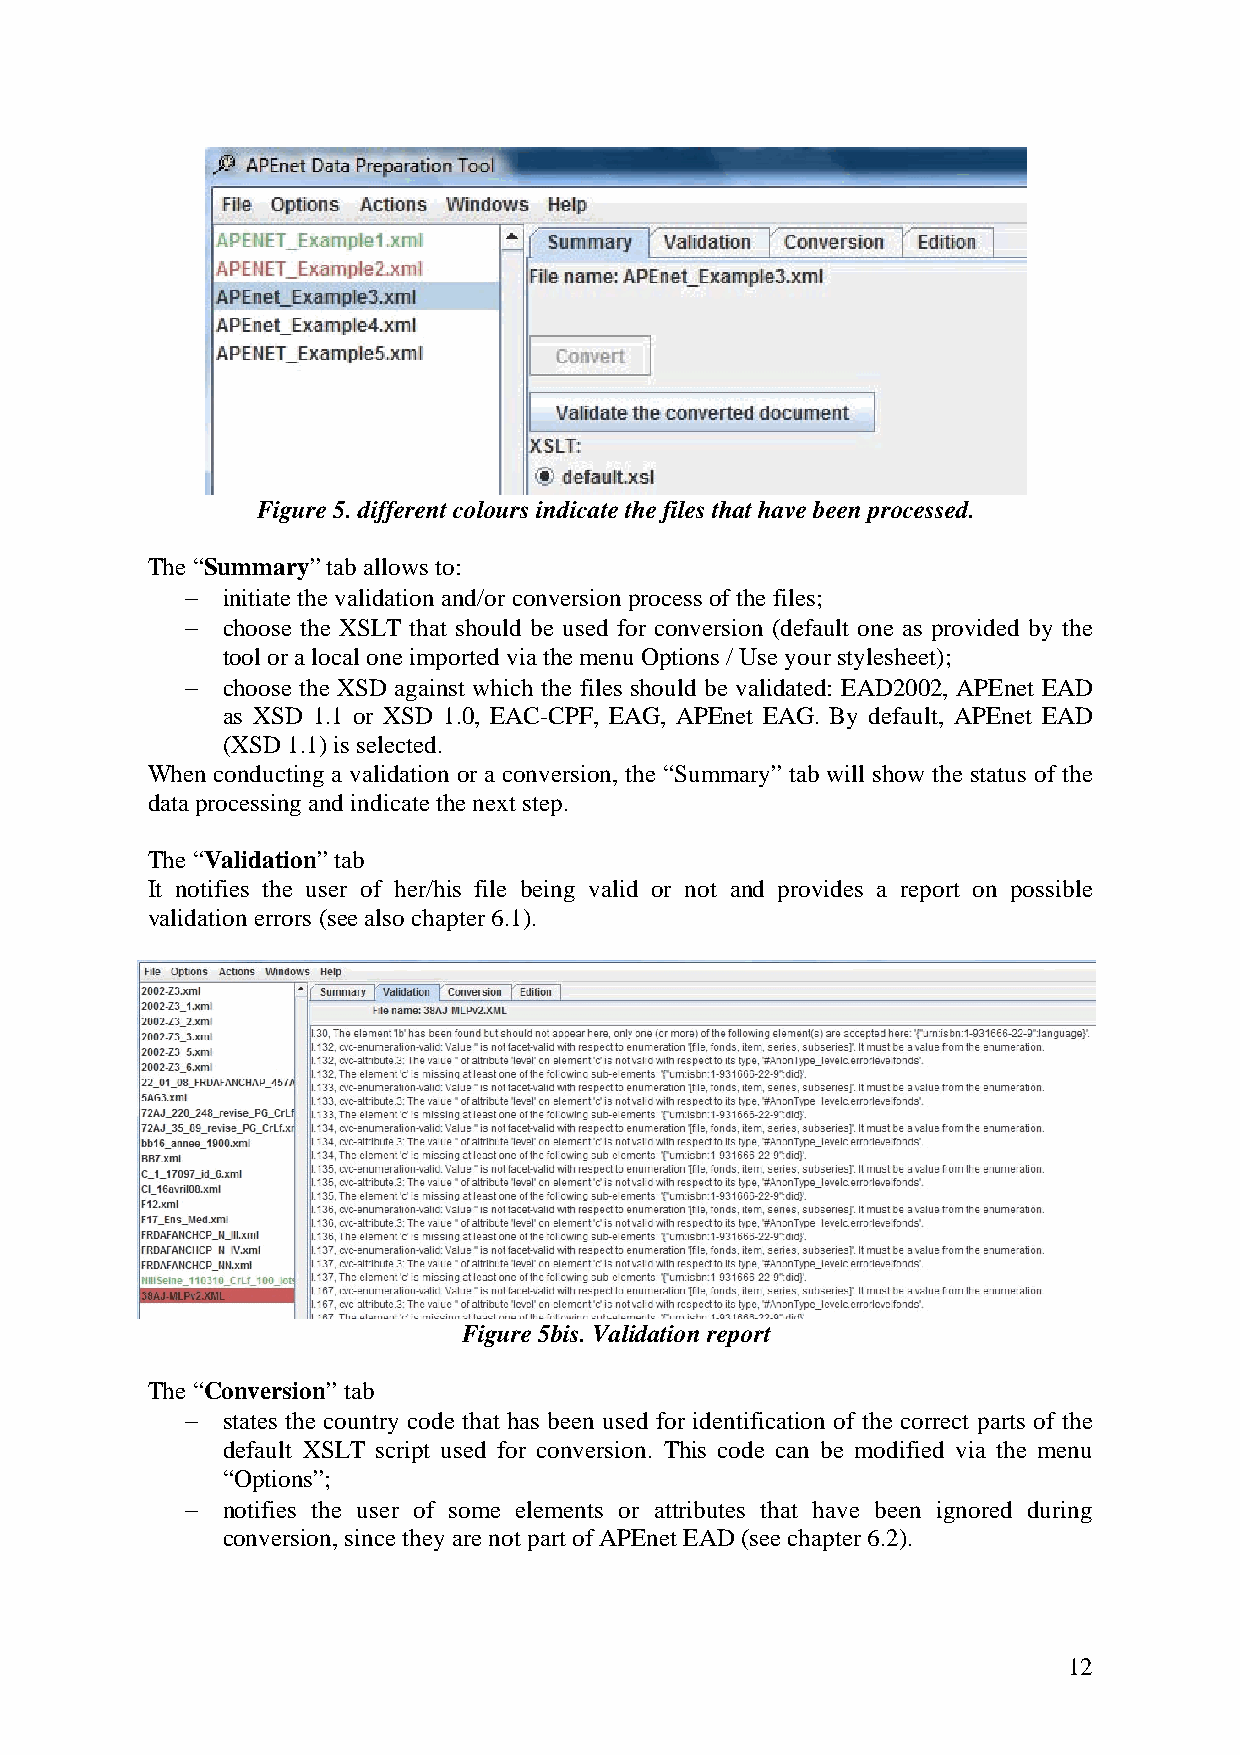
Figure 5. different colours indicate the files that have been processed.
 The “Summary” tab allows to:
 −  initiate the validation and/or conversion process of the files;
 −  choose the XSLT that should be used for conversion (default one as provided by the
 tool or a local one imported via the menu Options / Use your stylesheet);
 −  choose the XSD against which the files should be validated: EAD2002, APEnet EAD
 as XSD 1.1 or XSD 1.0, EAC-CPF, EAG, APEnet EAG. By default, APEnet EAD
 (XSD 1.1) is selected.
 When conducting a validation or a conversion, the “Summary” tab will show the status of the
 data processing and indicate the next step.
 The “Validation” tab
 It notifies the user of her/his file being valid or not and provides a report on possible
 validation errors (see also chapter 6.1).
 Figure 5bis. Validation report
 The “Conversion” tab
 −  states the country code that has been used for identification of the correct parts of the
 default XSLT script used for conversion. This code can be modified via the menu
 “Options”;
 −  notifies the user of some elements or attributes that have been ignored during
 conversion, since they are not part of APEnet EAD (see chapter 6.2).
 12